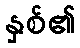
နှစ်၏